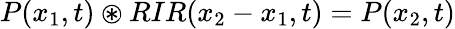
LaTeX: P(x_{1},t)\circledast RIR(x_{2}-x_{1},t)=P(x_{2},t)